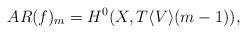
LaTeX: \begin{align*} AR(f)_m=H^0(X,T\langle V\rangle(m-1)),\end{align*}